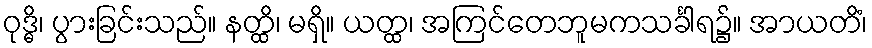
ဝုဒ္ဓိ၊ ပွားခြင်းသည်။ နတ္ထိ၊ မရှိ။ ယတ္ထ၊ အကြင်တေဘူမကသင်္ခါရ၌။ အာယတိံ၊